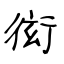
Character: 衒